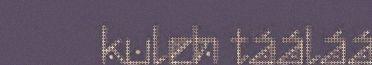
kuleh tááláá